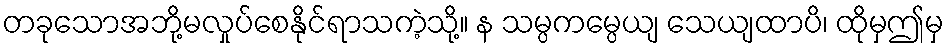
တခုသောအဘို့မလှုပ်စေနိုင်ရာသကဲ့သို့။ န သမ္ပကမ္ပေယျ သေယျထာပိ၊ ထိုမှဤမှ